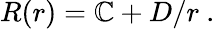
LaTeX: R(r)=\mathbb{C}+D/r\ .